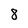
Character: 8